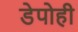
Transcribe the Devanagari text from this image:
डेपोही